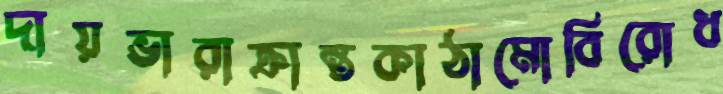
দায়ভারাক্রান্তকাঠামোবিরোধ